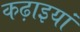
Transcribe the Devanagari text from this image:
कढ़ाइयां